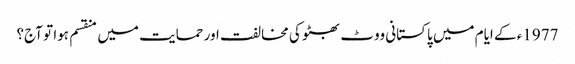
1977ء کے ایام میں پاکستانی ووٹ بھٹو کی مخالفت اور حمایت میں منقسم ہوا تو آج؟